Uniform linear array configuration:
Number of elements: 8
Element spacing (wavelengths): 0.75
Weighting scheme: binomial
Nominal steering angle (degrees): -30
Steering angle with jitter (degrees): -31.677
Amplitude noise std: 0.05
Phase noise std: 0.05

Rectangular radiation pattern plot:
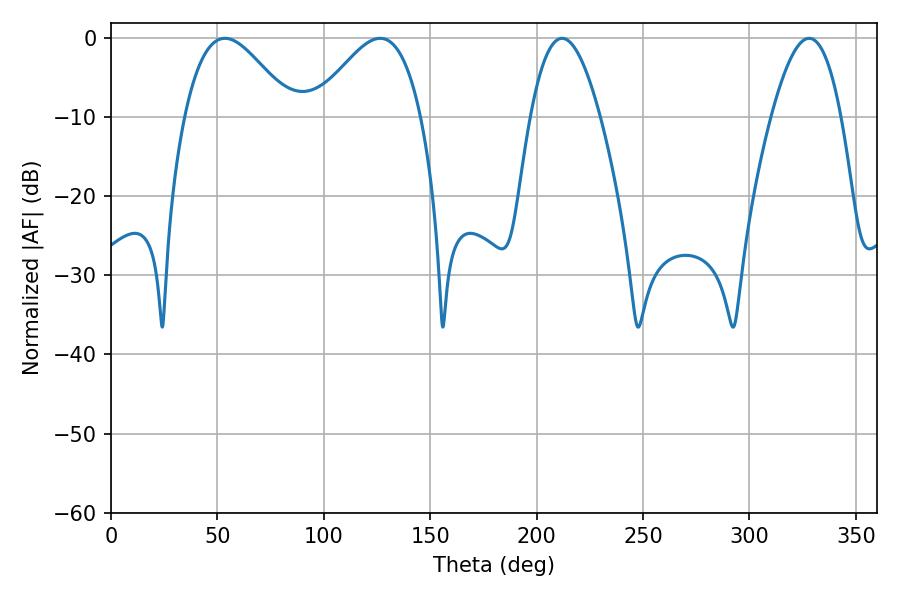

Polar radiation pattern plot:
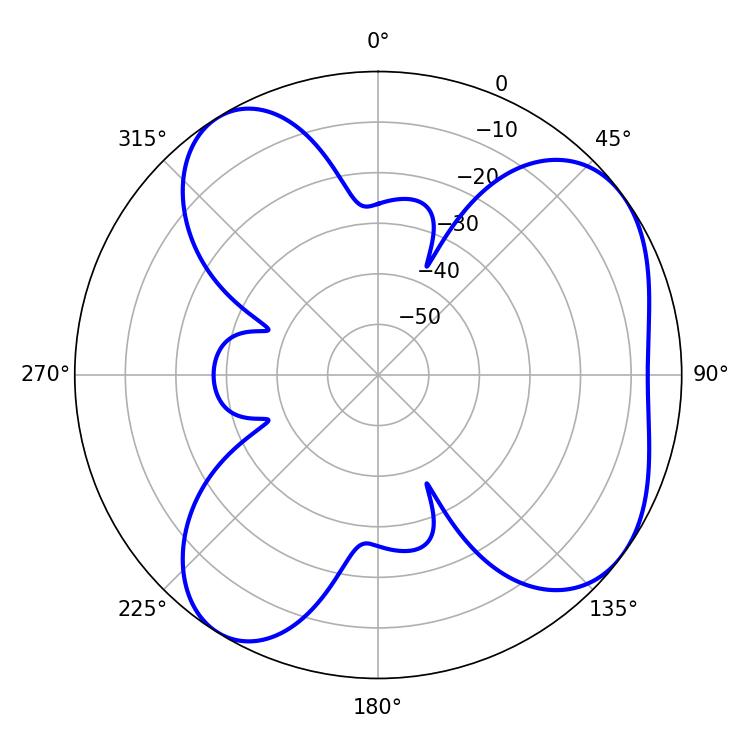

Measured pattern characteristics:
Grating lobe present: TRUE
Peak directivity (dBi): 5.837
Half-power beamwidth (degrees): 27
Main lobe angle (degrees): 53.46